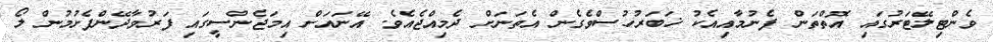
ވެންޓިލޭޓަރުގައި އޮތްތަން ފެނުމާއިއެކު ޚަބަރުހުސްވެގެން އެތަނަށް ދެމިއްޖެއެވެ. އޭނައަށް އިމަޖެންސީގައި ފަރުވާދޭންފެށުމުން ލޯ